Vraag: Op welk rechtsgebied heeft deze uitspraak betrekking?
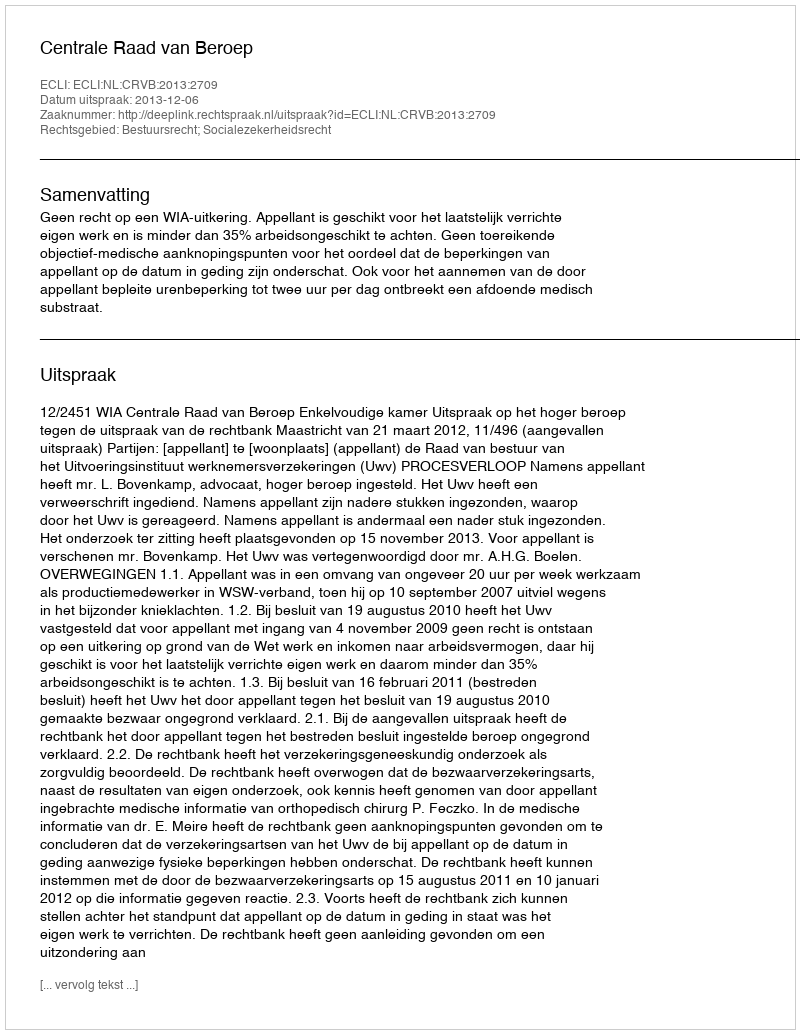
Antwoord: Bestuursrecht; Socialezekerheidsrecht